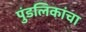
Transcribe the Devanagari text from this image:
पुंडलिकांचा